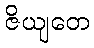
ဇိယျတေ